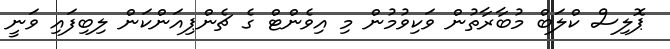
ޕޮލިސް ކްލަބް މުބާރާތުން ވަކިވުމުން މި އިވެންޓް ގެ ޗެންޕިއަންކަން ލިބިފައި ވަނީ